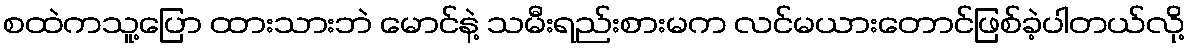
စထဲကသူ့ပြော ထားသားဘဲ မောင်နဲ့ သမီးရည်းစားမက လင်မယားတောင်ဖြစ်ခဲ့ပါတယ်လို့